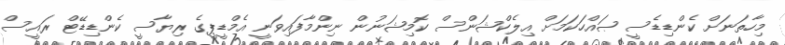
މިހާތަނަށް ކެންޑިޑެސީ ޞައްހަކަމަށް އިލެކްޝަންސް ކޮމިޝަނުން ނިންމާފައިވަނީ އެމްޑީޕީގެ ރިޔާސީ ކެންޑިޑޭޓް ރައީސް